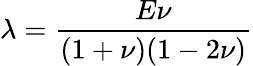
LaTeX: \lambda=\frac{E\nu}{(1+\nu)(1-2\nu)}